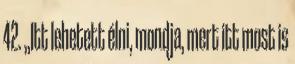
42. „Itt lehetett élni, mondja, mert itt most is